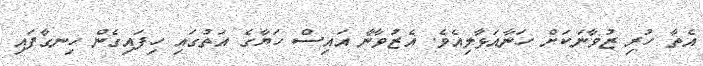
އެތާ ހުރި ޒުވާނަކަށް ހަނާއަޅާލިއެވެ. އެޒުވާނާ އައިސް ހަޔާގެ އަތުގައި ހިފައިގެން ހިނގާފައި